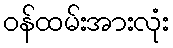
ဝန်ထမ်းအားလုံး